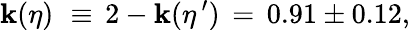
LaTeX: \mathbf{k}(\eta)\, \, \equiv\, 2-\mathbf{k}(\eta^{\, \prime})\, =\, 0.91\pm0.12,